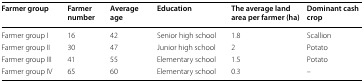
<table><thead><tr><td><b>Farmer group</b></td><td><b>Farmer number</b></td><td><b>Average age</b></td><td><b>Education</b></td><td><b>The average land area per farmer (ha)</b></td><td><b>Dominant cash crop</b></td></tr></thead><tbody><tr><td>Farmer group I</td><td>16</td><td>42</td><td>Senior high school</td><td>1.8</td><td>Scallion</td></tr><tr><td>Farmer group II</td><td>30</td><td>47</td><td>Junior high school</td><td>2</td><td>Potato</td></tr><tr><td>Farmer group III</td><td>41</td><td>55</td><td>Elementary school</td><td>1.5</td><td>Potato</td></tr><tr><td>Farmer group IV</td><td>65</td><td>60</td><td>Elementary school</td><td>0.3</td><td>–</td></tr></tbody></table>